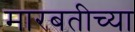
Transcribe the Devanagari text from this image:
मारबतीच्या